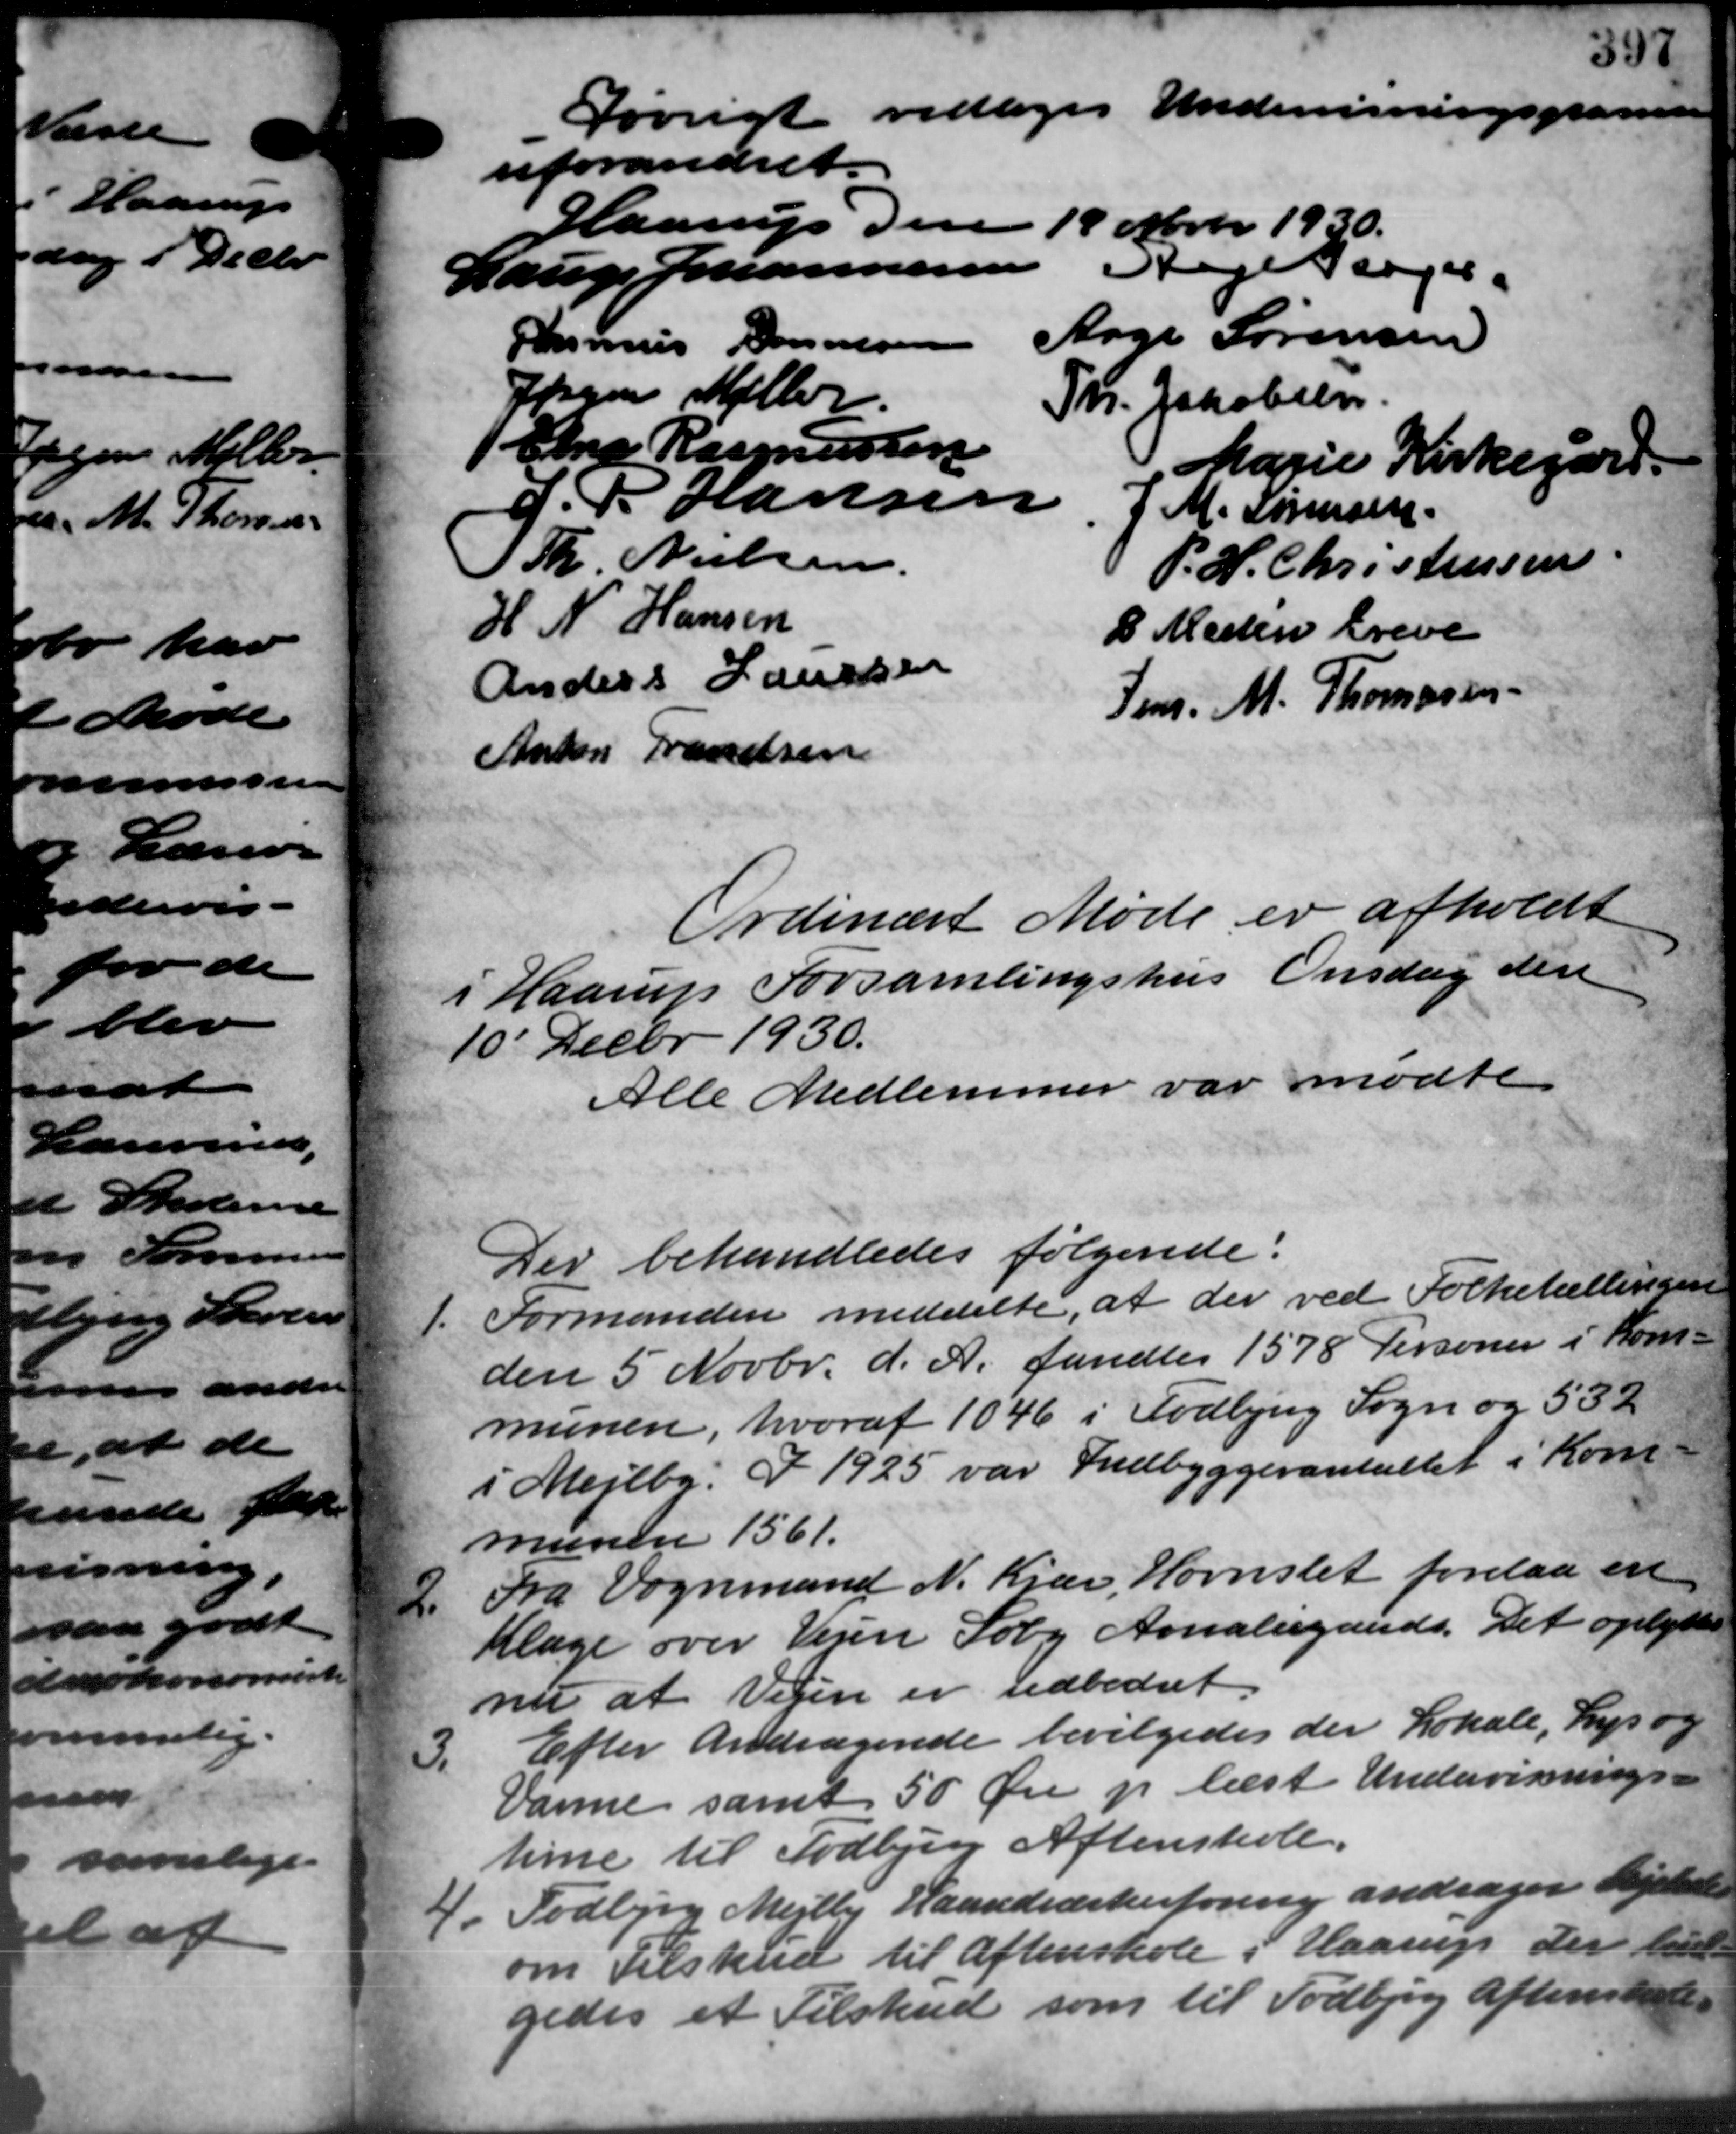
Transskription:
347
Iøvrigt vedtoges Undervisningspanie
uforandret.
Haarup den
19 Novbr 19
Lauge Johannesen Aage Penger.
Aage Sørensen
Rasmus Bonnesen
Jørgen Møller
Th. Jakobsen
 Ane Rasmussen
Marie Kirkegård.
J. L Hansen
J. M. Sørensen
Th. Nielsen
P. H. Christensen
H. N. Hansen
B. Medin Greve
Anders Laursen
Jens M. Thomasen
Anton Frandsen
Ordinært Møde er afholdt
i Haarup Forsamlingshus Onsdag den
10' Decbr 1930.
Alle Medlemmer var mødte.
Der behandledes følgende:
1.
Formanden meddelte, at der ved Folketællingen
den 5 Novbr. d. A. fandtes 1578 Personer i Kom –
munen, hvoraf 1046 i Todbjerg Sogn og 53 K
i Mejlby. I 1925 var Indbyggerantallet i Kom
munen 1561.
1
Fra Vognmand N. Kjær, Hornslet forelaa en
Klage over Vejen Søby Amaliegaards. Det oplystes
nu at Vejen er udbedret.
3.
Efter Andragende bevilgedes der Lokale, Lys og
Varme samt 50 Øre pr læst Undervisnings-
tine til Todbjerg Aftenskole.
4. Todbjerg Mejlby Haandværkerforening andrager lejetil
4. Todbjerg Mejlby Haandværkerforening andrager lejetil
om Tilskud til Aftenskole i Haarup der lad
gedes et Tilskud som til Todbjerg Aftenskab